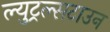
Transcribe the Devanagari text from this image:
ल्युट्रल्सटाउन